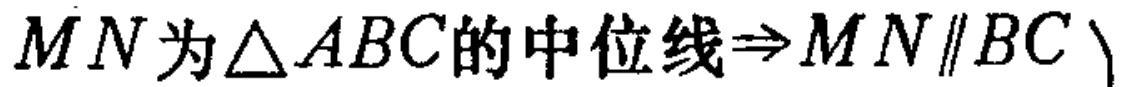
$MN\text{为}\triangle ABC\text{的中位线}\Rightarrow MN\parallel BC$